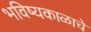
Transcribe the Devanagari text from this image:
भविष्यकाळाचे